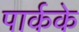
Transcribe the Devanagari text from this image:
पार्कके